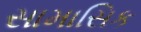
સામાસિક